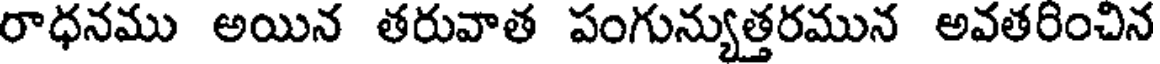
రాధనము అయిన తరువాత పంగున్యుత్తరమున అవతరించిన